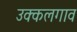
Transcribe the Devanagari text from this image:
उक्कलगाव